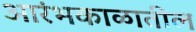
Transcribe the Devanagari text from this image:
आरंभकाळातील